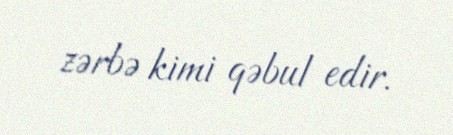
zərbə kimi qəbul edir.